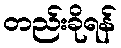
တည်းခိုရန်